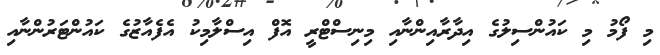
މި ފޯމު މި ކައުންސިލުގެ އިދާރާއިންނާއި މިނިސްޓްރީ އޮފް އިސްލާމިކު އެފެއާޒުގެ ކައުންޓަރުންނާއި